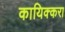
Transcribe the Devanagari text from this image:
कायिक्करा